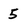
Character: 5